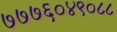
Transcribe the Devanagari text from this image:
७७७६०४९०८८